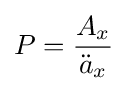
P={\frac {A_{x}}{{\ddot {a}}_{x}}}